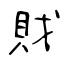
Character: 戝